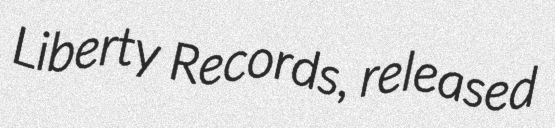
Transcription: Liberty Records, released